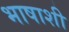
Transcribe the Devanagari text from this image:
भाषाशी